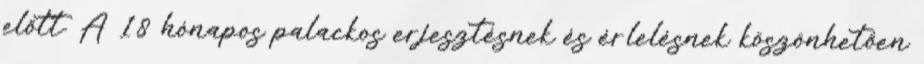
előtt. A 18 hónapos palackos erjesztésnek és érlelésnek köszönhetően